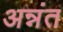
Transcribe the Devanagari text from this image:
अन्नंत